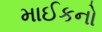
માઈકનો